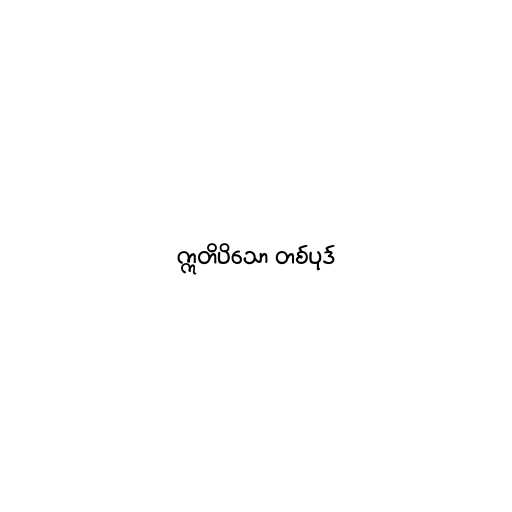
ဣတိပိသော တစ်ပုဒ်